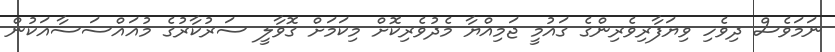
ނަމަވެސް ދިވެހި ވިޔަފާރިވެރިންގެ ގައުމީ ޖަމިއްޔާ މެދުވެރިކޮށް މިކަމަށް ގޮވާލީ ސަރުކާރުގެ މުއައްސަސާއަކުން